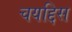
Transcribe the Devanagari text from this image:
चयद्दिस